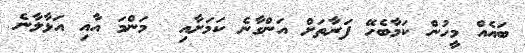
ބައެއް މީހުން ކަމާބެހޭ ފަރާތަށް އަންގާނެ ކަމަށާއި  މަންމަ އާއި އަޅާލާނެ